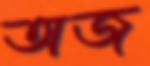
অজ